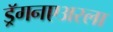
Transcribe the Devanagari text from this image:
ड्रॅगनएअरला